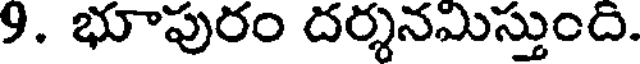
9. భూపురం దర్శనమిస్తుంది.